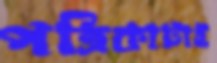
পত্রিকাটাই